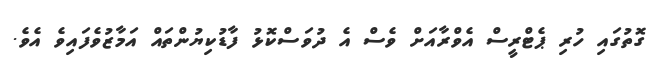
ގޮތުގައި ހުރި ޕެޓްރީސް އެވްރާއަށް ވެސް އެ ދުވަސްކޮޅު ފާޑުކިޔުންތައް އަމާޒުވެފައިިވެ އެވެ.